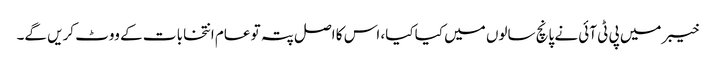
خیبر میں پی ٹی آئی نے پانچ سالوں میں کیا کیا، اس کا اصل پتہ تو عام انتخابا ت کے ووٹ کریں گے۔